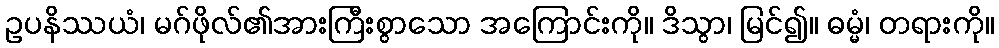
ဥပနိဿယံ၊ မဂ်ဖိုလ်၏အားကြီးစွာသော အကြောင်းကို။ ဒိသွာ၊ မြင်၍။ ဓမ္မံ၊ တရားကို။